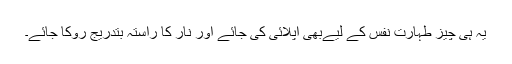
یہ ہی چیز طہارت نفس کے لیےبھی اپلائی کی جائے اور نار کا راستہ بتدریج روکا جائے۔